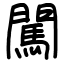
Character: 闖